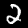
Digit: 2